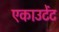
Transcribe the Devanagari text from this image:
एकाउटेंट